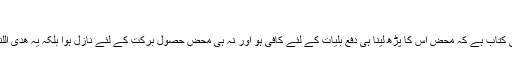
حُکم واقامت
حکم واقامت کا مطلب ہے قرآن پر عمل کیا جائے، قرآن نہ تو جنتر منتر کی کتاب ہے کہ محض اس کا پڑھ لینا ہی دفع بلیات کے لئے کافی ہو اور نہ ہی محض حصولِ برکت کے لئے نازل ہوا بلکہ یہ ھدی اللناس ہے یعنی لوگوں کی ہدایت کے لئے نازل ہوا کہ لوگ اس پر عمل کریں۔